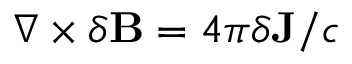
\begin{array} { r } { \nabla \times \delta \mathbf { B } = 4 \pi \delta \mathbf { J } / c } \end{array}